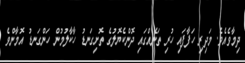
ދިމާވެއެވެ. މަދިރި ހަފާފައި ހުރި ތަނެއްގައި ދޮންކެޔޮލުގެ ތޮށިގަނޑު ހާކާލުމުން ހަންގަނޑު އޮމާންވެ